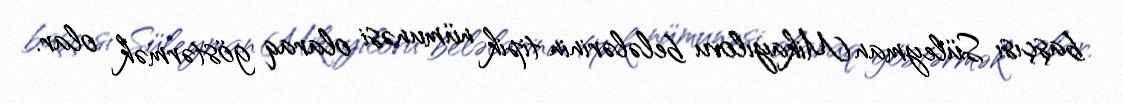
başçısı Süleyman Mikayılovu belələrinin tipik nümunəsi olaraq göstərmək olar.